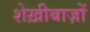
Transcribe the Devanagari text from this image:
शेख़ीबाज़ों